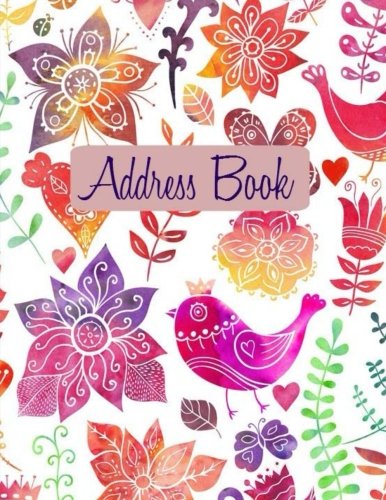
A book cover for Address Book (Big Print, Extra Large, Paperback Address Books ) (Volume 97); Creative Planners; Business & Money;